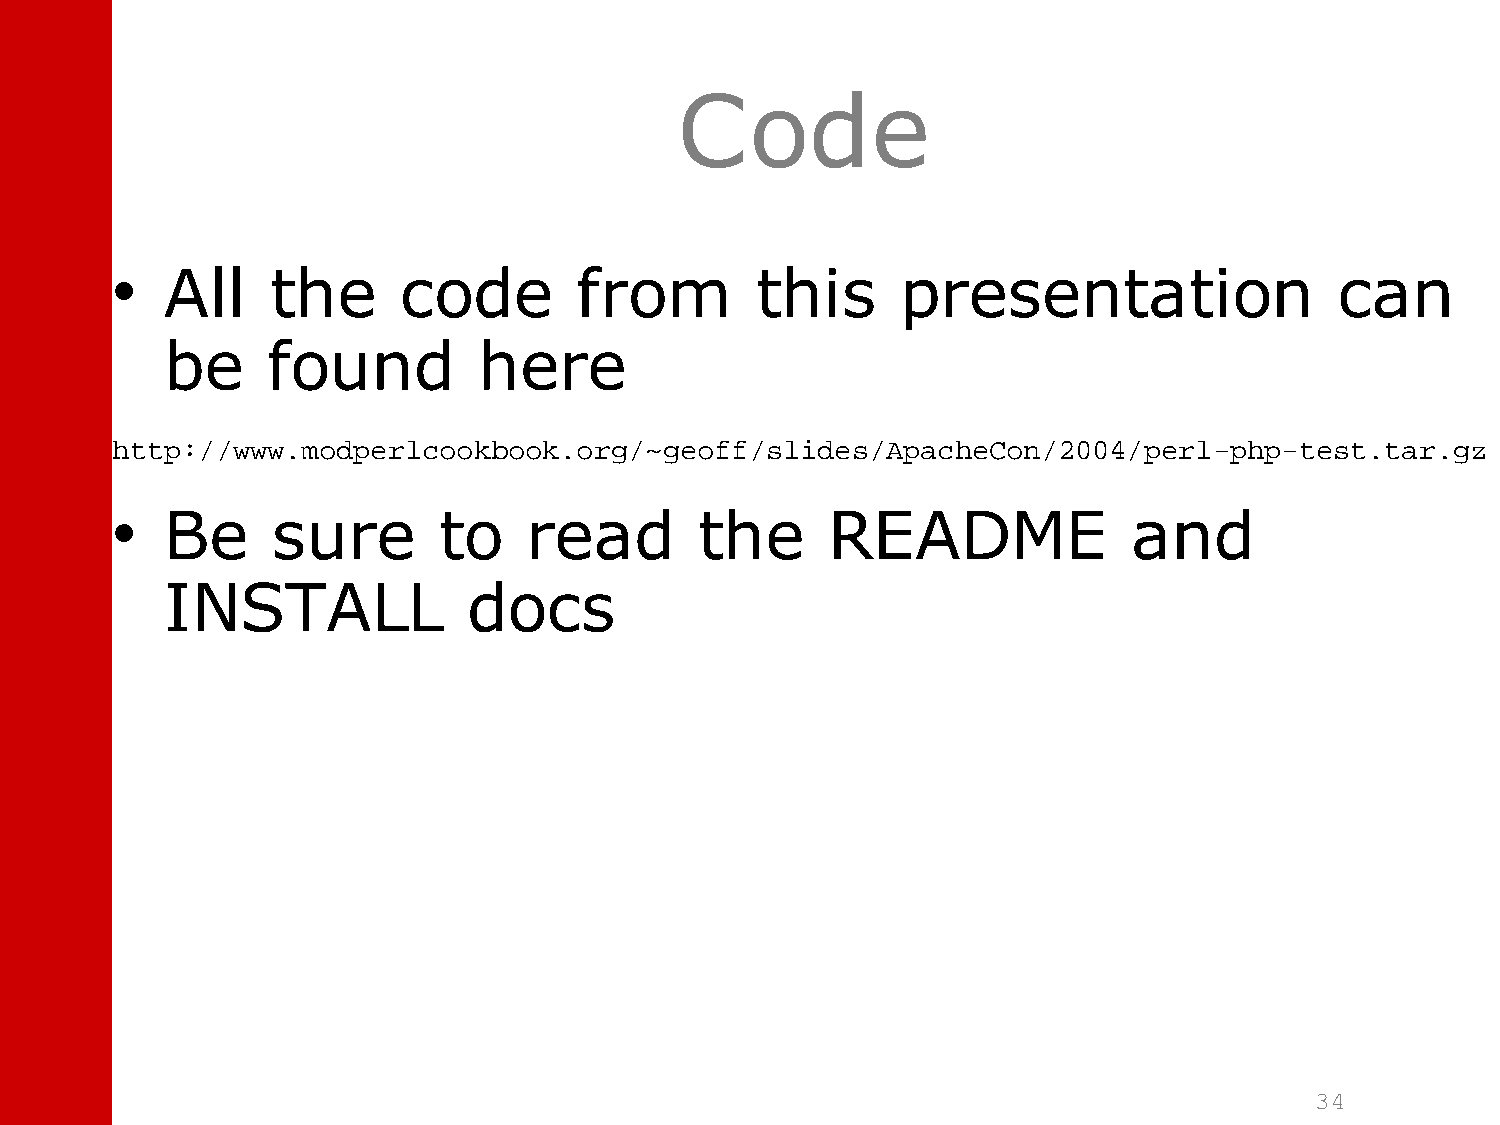
Code
 •   All    the     code        from        this      presentation                 can
 be     found         here
 http://www.modperlcookbook.org/~geoff/slides/ApacheCon/2004/perl-php-test.tar.gz
 •   Be     sure       to    read       the      README              and
 INSTALL             docs
 34